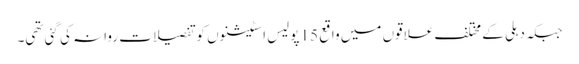
جبکہ دہلی کے مختلف علاقوں میں واقع 15 پولیس اسٹیشنوں کو تفصیلات روانہ کی گئی تھی۔